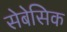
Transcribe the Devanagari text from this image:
सेबेसिक